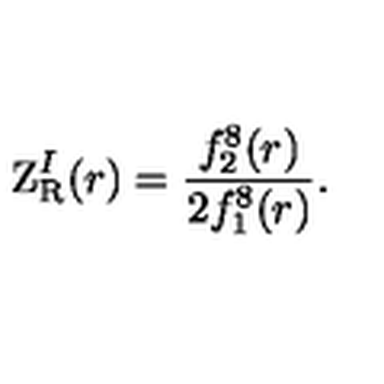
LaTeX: \mathrm { Z } _ { \mathrm { R } } ^ { I } ( r ) = { \frac { f _ { 2 } ^ { 8 } ( r ) } { 2 f _ { 1 } ^ { 8 } ( r ) } } .